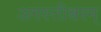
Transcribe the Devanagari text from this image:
अगस्तीश्वरम्